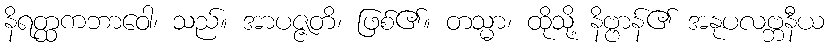
နိရတ္ထကဘာဝေါ၊ သည်။ အာပဇ္ဇတိ၊ ဖြစ်၏။ တသ္မာ၊ ထိုသို့ နိဗ္ဗာန်၏ အနုပလဗ္ဘနီယ